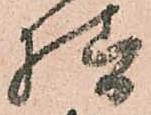
様